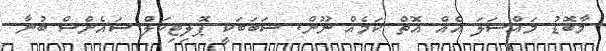
މާބޮޑު މައްސަލަ އެއް އޮތް ކަމެއް ނޫން. ސަބަބަކީ ޕޮލިޓިކަލް ސައެންސް ބުނާ